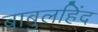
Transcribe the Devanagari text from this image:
बाबुलहिंद